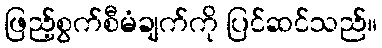
ဖြည့်စွက်စီမံချက်ကို ပြင်ဆင်သည်။